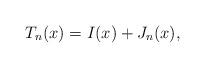
LaTeX: \begin{align*}T_n(x)=I(x)+J_n(x),\end{align*}